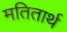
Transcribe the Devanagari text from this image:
मतितार्थ